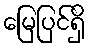
မြေပြင်ရှိ